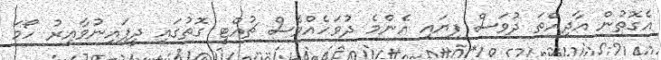
އެގޮތުން އާދިއްތަ ދުވަސް ފިޔައި އެންމެ ދުވަހެއްވެސް ޗުއްޓީ ގޮތުގައި ދީފައިނުވާއިރު ހޯމަ